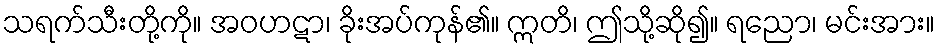
သရက်သီးတို့ကို။ အဝဟဋာ၊ ခိုးအပ်ကုန်၏။ ဣတိ၊ ဤသို့ဆို၍။ ရညော၊ မင်းအား။